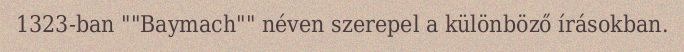
1323-ban ""Baymach"" néven szerepel a különböző írásokban.